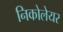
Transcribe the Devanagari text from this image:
निकोलेयर